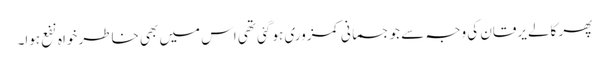
پھر کالے یرقان کی وجہ سے جو جسمانی کمزوری ہو گئی تھی اس میں بھی خاطر خواہ نفع ہوا۔